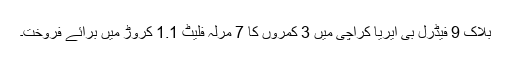
بلاک 9 فیڈرل بی ایریا کراچی میں 3 کمروں کا 7 مرلہ فلیٹ 1.1 کروڑ میں برائے فروخت۔